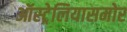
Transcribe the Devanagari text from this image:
ऑस्ट्रेलियासमोर